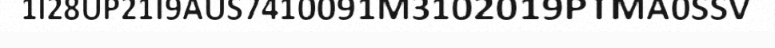
1I28UP21I9AUS7410091M3102019PTMA0SSV